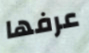
عرفها